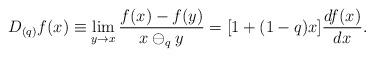
LaTeX: \begin{align*}{\displaystyle D_{(q)}f(x)\equiv{\displaystyle \lim_{y\to x}\frac{f(x)-f(y)}{x\ominus_{q}y}}}={\displaystyle [1+(1-q)x]\frac{df(x)}{dx}.}\end{align*}